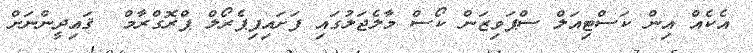
އެކެއް އިން ކަސްޓިއަލް ސްޕަވިޒަން ކޯސް މާލެޖަލުގައި ފަށައިފިޕެރޯލް ޕްރޮގްރާމް  ޤައިދީންނަށް